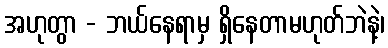
အဟုတွာ - ဘယ်နေရာမှ ရှိနေတာမဟုတ်ဘဲနဲ့၊